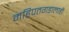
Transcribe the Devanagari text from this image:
महिपतगडालाही